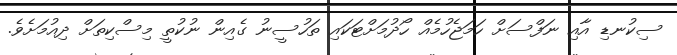
ސިކުނޑި އާއި ނަފްސަށް ހަމަޖެހުމެއް ހޯދުމަށްޓަކައި ތަހުސީނު ގެއިން ނުކުތީ މިސްކިތަށް ދިއުމަށެވެ.